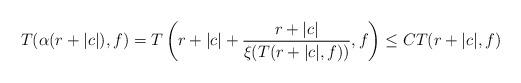
LaTeX: \begin{align*} T(\alpha(r+|c|),f) = T\left(r+|c|+\frac{r+|c|}{\xi(T(r+|c|,f))},f\right) \leq CT(r+|c|,f) \end{align*}